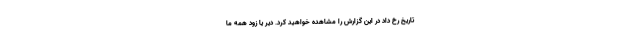
تاریخ رخ داد در این گزارش را مشاهده خواهید کرد. دیر یا زود همه ما